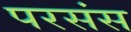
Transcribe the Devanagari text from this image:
परसंस